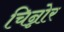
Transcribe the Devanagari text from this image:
चिन्नोर